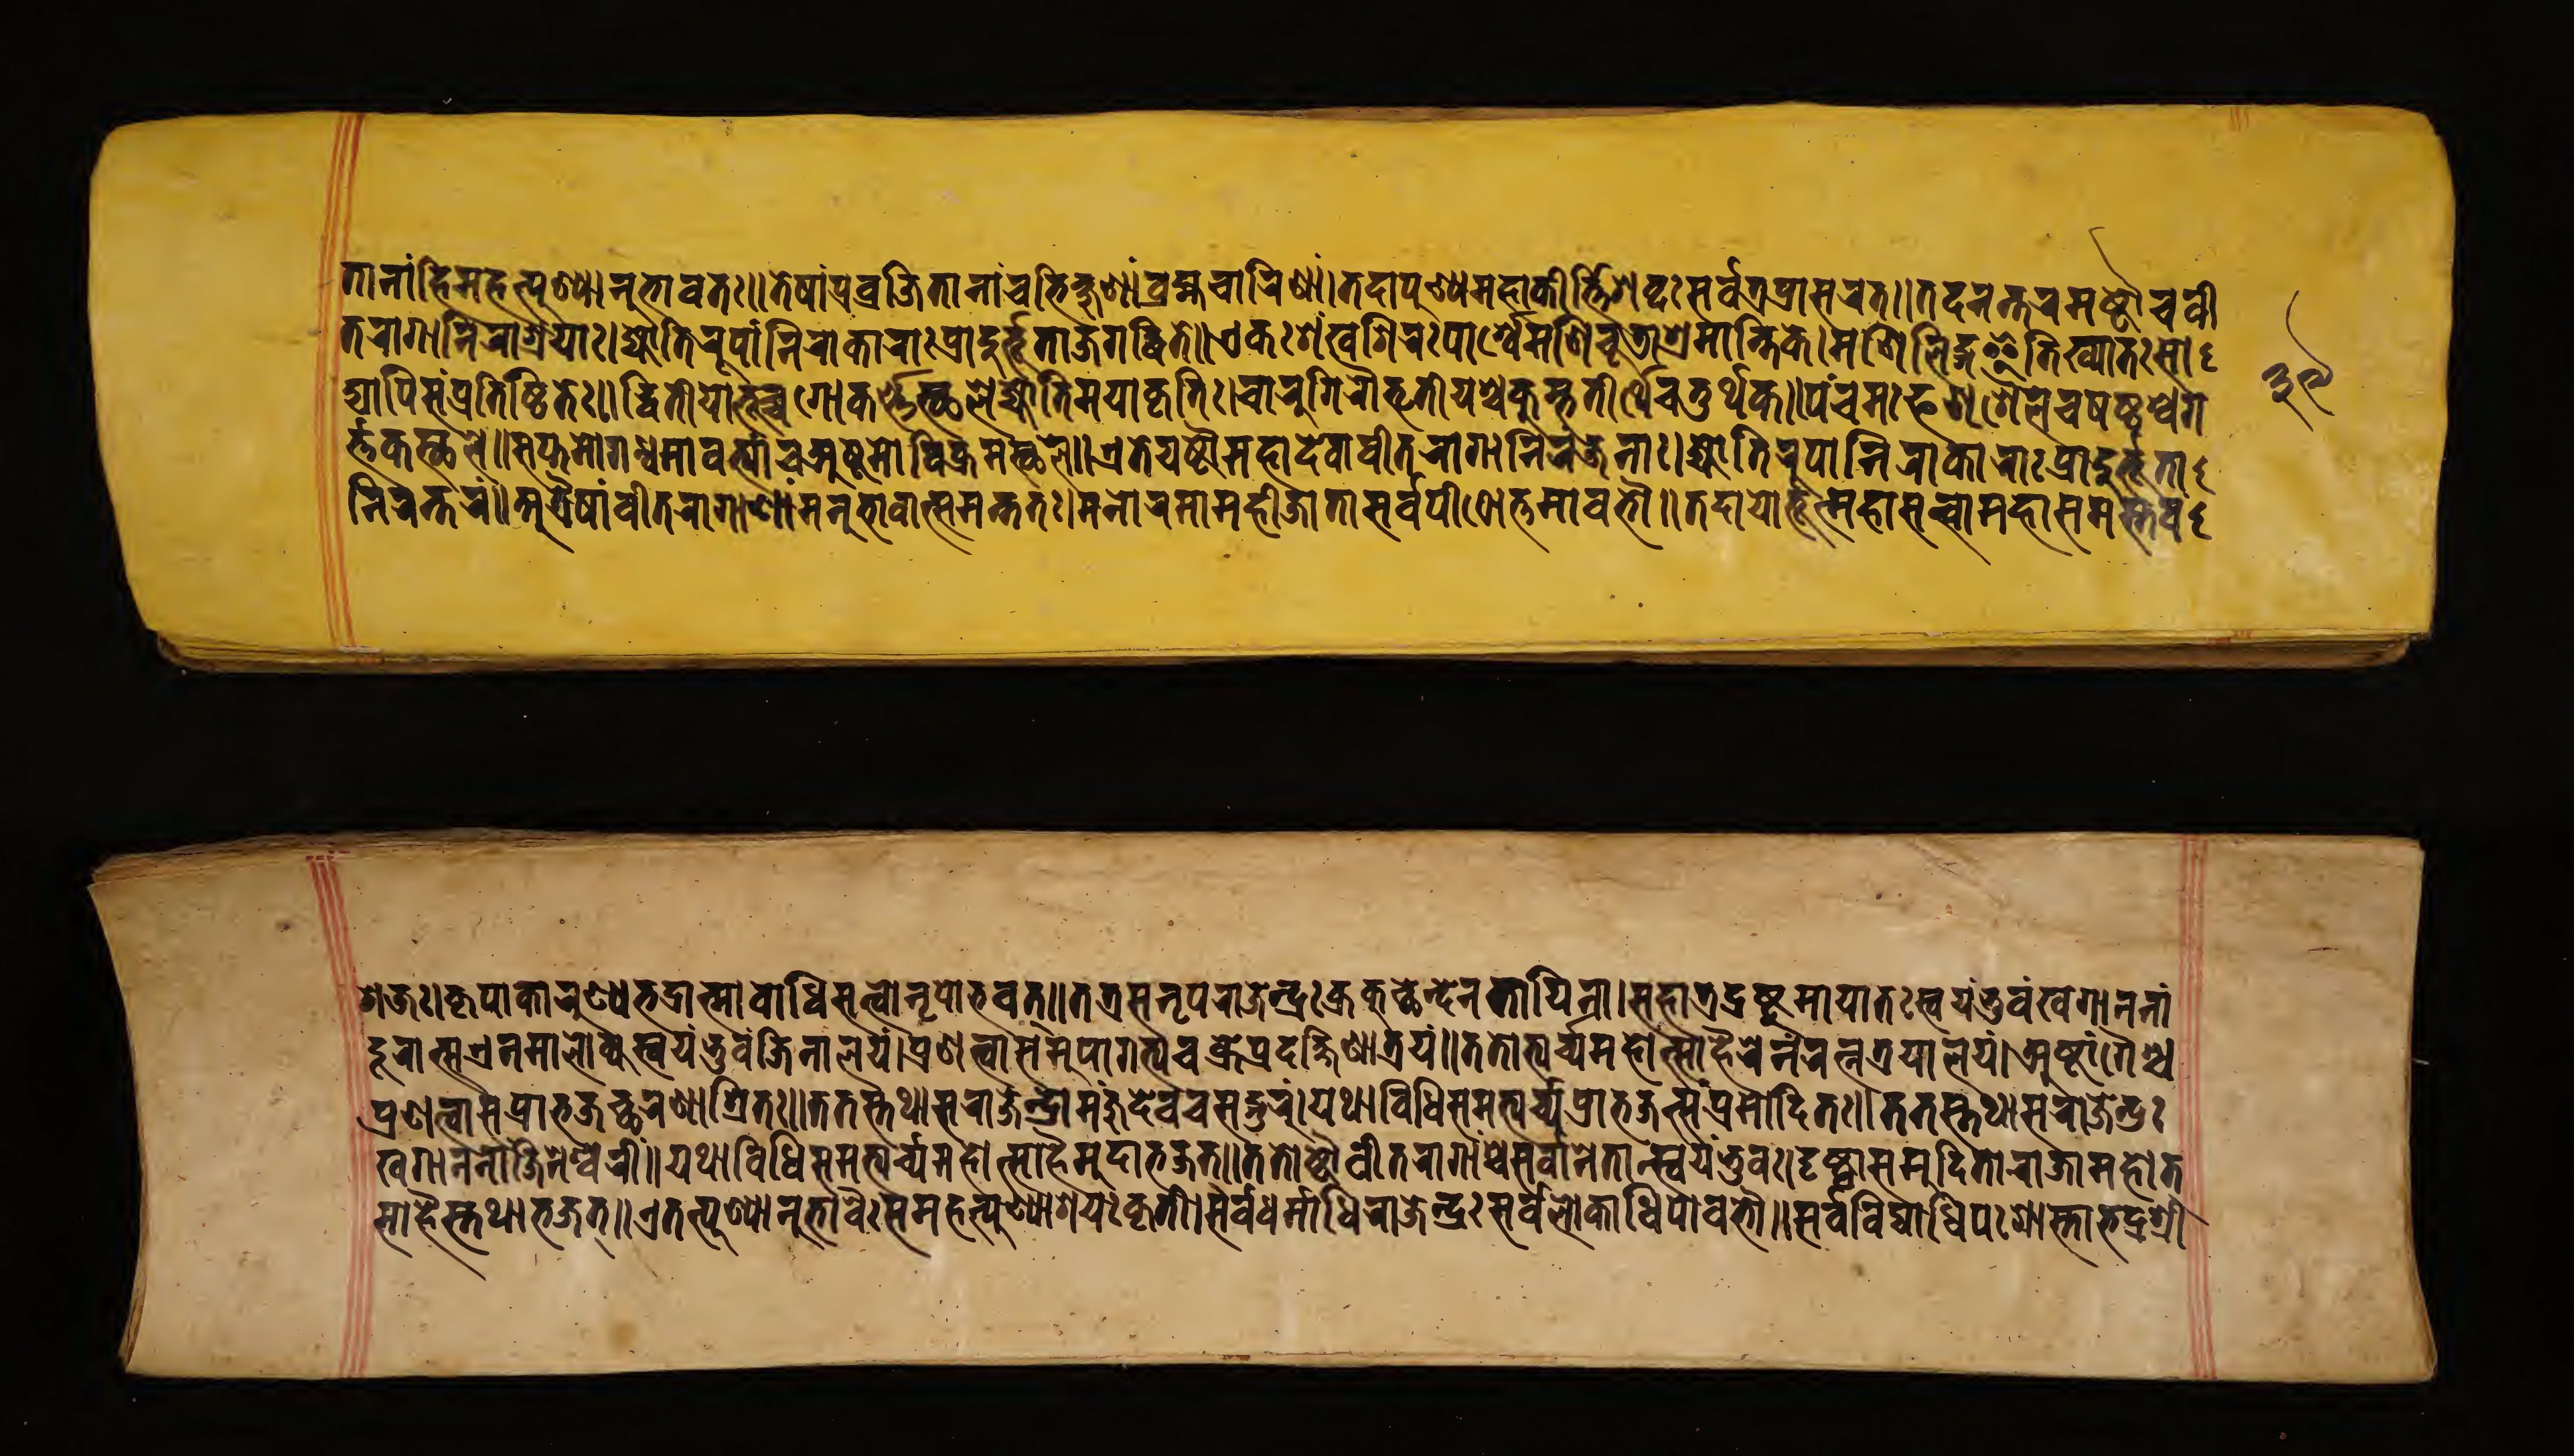
𑐟𑐵𑐣𑐵𑑄𑐴𑐶𑐩𑐴𑐟𑑂𑐥𑐸𑐞𑑂𑐫𑐵𑐣𑐸𑐨𑐵𑐰𑐟𑑅॥𑐟𑐾𑐲𑐵𑑄𑐥𑑂𑐬𑐰𑑂𑐬𑐖𑐶𑐟𑐵𑐣𑐵𑑄𑐔𑐨𑐶𑐎𑑂𑐲𑐸𑐞𑐵𑑄𑐧𑑂𑐬𑐴𑑂𑐩𑐔𑐵𑐬𑐶𑐞𑐵𑑄।𑐟𑐡𑐵𑐥𑐸𑐞𑑂𑐫𑐩𑐴𑐵𑐎𑐷𑐬𑑂𑐟𑐶𑐱𑐧𑑂𑐡𑐳𑐬𑑂𑐰𑐟𑑂𑐬𑐥𑑂𑐬𑐵𑐳𑐬𑐟𑑂॥𑐟𑐡𑐣𑐣𑑂𑐟𑐬𑐩𑐲𑑂𑐚𑑁𑐔𑐰𑐷 𑐟𑐬𑐵𑐐𑐵𑐣𑐶𑐬𑐵𑐱𑑂𑐬𑐫𑐵𑑅।𑐖𑑂𑐫𑑀𑐟𑐶𑐬𑐹𑐥𑐵𑐣𑐶𑐬𑐵𑐎𑐵𑐬𑐵𑑅𑐥𑑂𑐬𑐵𑐡𑐸𑐬𑑂𑐨𑐹𑐟𑐵𑐖𑐐𑐡𑑂𑐢𑐶𑐟𑐾॥𑐊𑐎𑑅𑐱𑑄𑐏𑐐𑐶𑐬𑐾𑑅𑐥𑐵𑐬𑑂𑐱𑑂𑐰𑐾𑐩𑐞𑐶𑐔𑐹𑐜𑐵𑐱𑑂𑐬𑐩𑐵𑐣𑑂𑐟𑐶𑐎𑐾।𑐩𑐞𑐶𑐮𑐶𑑄𑐐𑐿𑐟𑐶𑐏𑑂𑐫𑐵𑐟𑑅𑐳𑑀 𑐡𑑂𑐫𑐵𑐥𑐶𑐳𑑄𑐥𑑂𑐬𑐟𑐶𑐲𑑂𑐛𑐶𑐟𑑅॥𑐡𑑂𑐰𑐶𑐟𑐷𑐫𑑀𑐨𑐸𑐔𑑂𑐔𑐐𑑀𑐎𑐬𑑂𑐞𑐳𑑂𑐠𑐮𑐾𑐖𑑂𑐫𑑀𑐟𑐶𑐬𑑂𑐲𑐫𑐵𑐎𑐺𑐟𑐶𑑅।𑐔𑐵𑐬𑐸𑐐𑐶𑐬𑑁𑐟𑐺𑐟𑐷𑐫𑐱𑑂𑐔𑐎𑐸𑐩𑑂𑐨𑐟𑐷𑐬𑑂𑐠𑐾𑐔𑐟𑐸𑐬𑑂𑐠𑐎𑑅॥𑐥𑑄𑐔𑐩𑑅𑐦𑐞𑐶𑐱𑐿𑐮𑐱𑑂𑐔𑐲𑐲𑑂𑐛𑐱𑑂𑐔𑐐 𑐬𑑂𑐟𑐎𑐳𑑂𑐠𑐮𑐾॥𑐳𑐥𑑂𑐟𑐩𑑀𑐐𑐣𑑂𑐢𑐰𑐟𑑂𑐫𑐵𑑄𑐔𑐀𑐲𑑂𑐚𑐩𑑀𑐰𑐶𑐎𑑂𑐬𑐩𑐳𑑂𑐠𑐮𑐾॥𑐊𑐟𑐾𑐲𑑂𑐚𑑁𑐩𑐴𑐵𑐡𑐾𑐰𑐵𑑅𑐰𑐷𑐟𑐬𑐵𑐐𑐵𑐣𑐶𑐬𑑄𑐖𑐣𑐵𑑅।𑐖𑑂𑐫𑑀𑐟𑐶𑐬𑐹𑐥𑐵𑐣𑐶𑐬𑐵𑑄𑐎𑐵𑐬𑐵𑑅𑐥𑑂𑐬𑐵𑐡𑐸𑐬𑑂𑐨𑐹𑐟𑐵 𑐣𑐶𑐬𑐣𑑂𑐟𑐬𑑄॥𑐀𑐟𑑂𑐬𑐿𑐲𑐵𑑄𑐰𑐷𑐟𑐬𑐵𑐐𑐵𑐣𑑂𑐫𑐣𑐸𑐨𑐵𑐰𑐵𑐟𑑂𑐳𑐩𑐣𑑂𑐟𑐟𑑅।𑐩𑐣𑑀𑐬𑐩𑐵𑐩𑐴𑐷𑐖𑐵𑐟𑐵𑐳𑐬𑑂𑐰𑐥𑐷𑐛𑑀𑐎𑑂𑐟𑐩𑐵𑐰𑐣𑑁॥𑐟𑐡𑐵𑐫𑑀𑐨𑐹𑐩𑐴𑐵𑐳𑑂𑐰𑑀𑐩𑐴𑐵𑐳𑐩𑑂𑐩𑐟𑐰𑑄 𑐱𑐖𑑅।𑐎𑐺𑐥𑐵𑐎𑐵𑐬𑐸𑐞𑑂𑐫𑐨𑐡𑑂𑐬𑐵𑐟𑑂𑐩𑐵𑐧𑑀𑐢𑐶𑐳𑐟𑑂𑐟𑑂𑐰𑑀𑐣𑐺𑐥𑑀𑐨𑐰𑐟𑑂॥𑐟𑐟𑑂𑐬𑐳𑐣𑐺𑐥𑐬𑐵𑐖𑐾𑐣𑑂𑐡𑑂𑐬𑑅𑐎𑑂𑐬𑐎𑐸𑐕𑐣𑑂𑐡𑐾𑐣𑐟𑐵𑐫𑐶𑐣𑐵।𑐳𑐴𑐵𑐟𑑂𑐬𑐡𑑂𑐬𑐲𑑂𑐚𑐸𑐩𑐵𑐫𑐵𑐟𑑅𑐳𑑂𑐰𑐫𑑄𑐨𑐸𑐰𑑄𑐏𑐐𑐵𑐣𑐣𑐵𑑄 𑐡𑐹𑐬𑐵𑐟𑑂𑐳𑐫𑐾𑐣𑐩𑐵𑐮𑑀𑐎𑑂𑐫𑐳𑑂𑐰𑐫𑑄𑐨𑐸𑐰𑑄𑐖𑐶𑐣𑐵𑐮𑐫𑑄।𑐥𑑂𑐬𑐞𑐟𑑂𑐰𑐵𑐳𑐩𑐸𑐥𑐵𑐐𑐟𑑂𑐫𑐔𑐎𑑂𑐬𑐾𑐥𑑂𑐬𑐡𑐎𑑂𑐲𑐶𑐞𑐵𑐟𑑂𑐬𑐫𑑄॥𑐟𑐟𑑀𑐨𑑂𑐫𑐬𑑂𑐔𑑂𑐫𑐾𑐩𑐴𑑀𑐟𑑂𑐳𑐵𑐴𑐿𑐬𑐾𑐞𑑄𑐬𑐟𑑂𑐣𑐟𑑂𑐬𑐫𑐵𑐮𑐫𑑄।𑐀𑐲𑑂𑐚𑐵𑑄𑐐𑐿𑐱𑑂𑐔 𑐥𑑂𑐬𑐞𑐟𑑂𑐰𑐵𑐔𑐥𑑂𑐬𑐵𑐨𑐖𑐔𑑂𑐕𑐬𑐞𑐵𑐱𑑂𑐬𑐶𑐟𑑅॥𑐟𑐟𑐳𑑂𑐟𑐠𑐵𑐔𑐬𑐵𑐖𑐾𑐣𑑂𑐡𑑂𑐬𑑀𑐩𑐘𑑂𑐖𑐸𑐡𑐾𑐰𑑄𑐔𑐳𑐒𑑂𑐐𑐸𑐬𑐸𑑄।𑐫𑐠𑐵𑐰𑐶𑐢𑐶𑐳𑐩𑐨𑑂𑐫𑐬𑑂𑐔𑑂𑐫𑐥𑑂𑐬𑐵𑐨𑐖𑐟𑑂𑐳𑑄𑐥𑑂𑐬𑐩𑑀𑐡𑐶𑐟𑑅॥𑐟𑐟𑐳𑑂𑐟𑐠𑐵𑐳𑐬𑐵𑐖𑐾𑐣𑑂𑐡𑑂𑐬𑑅 𑐏𑐐𑐵𑐣𑐣𑐵𑑄𑐖𑐶𑐣𑐾𑐱𑑂𑐰𑐬𑐷𑑄॥𑐫𑐠𑐵𑐰𑐶𑐢𑐶𑐳𑐩𑐨𑑂𑐫𑐬𑑂𑐔𑑂𑐫𑐩𑐴𑑀𑐟𑑂𑐳𑐵𑐴𑐿𑐬𑑂𑐩𑐸𑐡𑐵𑐨𑐖𑐟𑑂॥𑐟𑐟𑑀𑐲𑑂𑐚𑑁𑐰𑐷𑐟𑐬𑐵𑐐𑐵𑐱𑑂𑐔𑐳𑐬𑑂𑐰𑐵𑐣𑐟𑐵𑐟𑑂𑐳𑑂𑐰𑐫𑑄𑐨𑐸𑐰𑑅॥𑐡𑐺𑐲𑑂𑐚𑑂𑐰𑐵𑐳𑐩𑐸𑐡𑐶𑐟𑑀𑐬𑐵𑐖𑐵𑐩𑐴𑑀𑐟𑑂 𑐳𑐵𑐴𑐿𑐳𑑂𑐟𑐠𑐵𑐨𑐖𑐟𑑂॥𑐊𑐟𑐟𑑂𑐥𑐸𑐞𑑂𑐫𑐵𑐣𑐸𑐨𑐵𑐰𑐿𑑅𑐳𑐩𑐴𑐟𑑂𑐥𑐸𑐞𑑂𑐫𑐵𑐱𑐫𑑅𑐎𑐺𑐟𑐷॥𑐳𑐬𑑂𑐰𑐢𑐬𑑂𑐩𑑂𑐩𑐵𑐢𑐶𑐬𑐵𑐖𑐾𑐣𑑂𑐡𑑂𑐬𑑅𑐳𑐬𑑂𑐰𑐮𑑀𑐎𑐵𑐢𑐶𑐥𑑀𑐰𑐨𑑁॥𑐳𑐬𑑂𑐰𑐰𑐶𑐡𑑂𑐫𑐵𑐢𑐶𑐥𑑀𑐬𑐵𑐖𑐵𑐨𑐡𑑂𑐬𑐱𑑂𑐬𑐷 𑑓𑑙